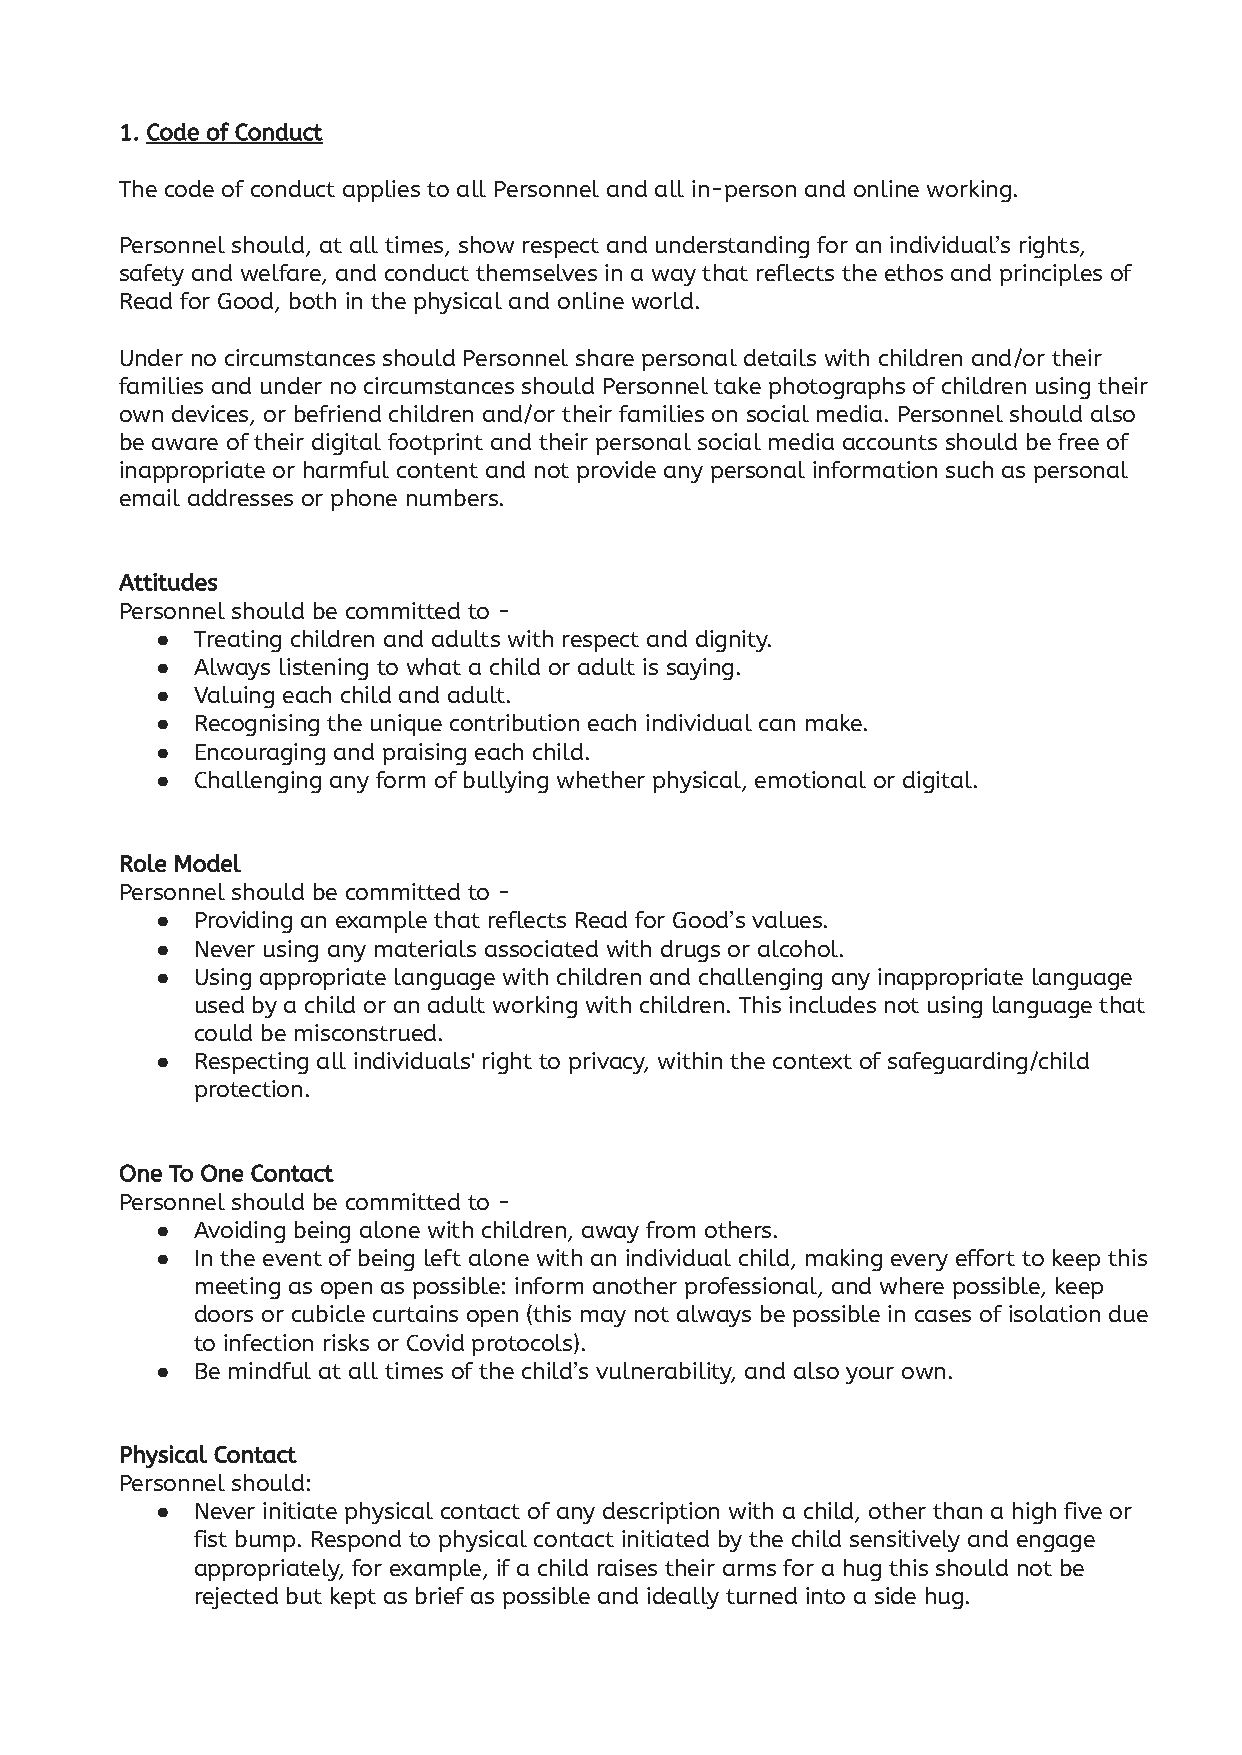
1. Code of Conduct
 The code of conduct applies to all Personnel and all in-person and online working.
 Personnel should, at all times, show respect and understanding for an individual’s rights,
 safety and welfare, and conduct themselves in a way that reflects the ethos and principles of
 Read for Good, both in the physical and online world.
 Under no circumstances should Personnel share personal details with children and/or their
 families and under no circumstances should Personnel take photographs of children using their
 own devices, or befriend children and/or their families on social media. Personnel should also
 be aware of their digital footprint and their personal social media accounts should be free of
 inappropriate or harmful content and not provide any personal information such as personal
 email addresses or phone numbers.
 Attitudes
 Personnel should be committed to -
 ●  Treating children and adults with respect and dignity.
 ●  Always listening to what a child or adult is saying.
 ●  Valuing each child and adult.
 ●  Recognising the unique contribution each individual can make.
 ●  Encouraging and praising each child.
 ●  Challenging any form of bullying whether physical, emotional or digital.
 Role Model
 Personnel should be committed to -
 ●  Providing an example that reflects Read for Good’s values.
 ●  Never using any materials associated with drugs or alcohol.
 ●  Using appropriate language with children and challenging any inappropriate language
 used by a child or an adult working with children. This includes not using language that
 could be misconstrued.
 ●  Respecting all individuals' right to privacy, within the context of safeguarding/child
 protection.
 One To One Contact
 Personnel should be committed to -
 ●  Avoiding being alone with children, away from others.
 ●  In the event of being left alone with an individual child, making every effort to keep this
 meeting as open as possible: inform another professional, and where possible, keep
 doors or cubicle curtains open (this may not always be possible in cases of isolation due
 to infection risks or Covid protocols).
 ●  Be mindful at all times of the child’s vulnerability, and also your own.
 Physical Contact
 Personnel should:
 ●  Never initiate physical contact of any description with a child, other than a high five or
 fist bump. Respond to physical contact initiated by the child sensitively and engage
 appropriately, for example, if a child raises their arms for a hug this should not be
 rejected but kept as brief as possible and ideally turned into a side hug.